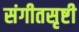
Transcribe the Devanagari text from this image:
संगीतसृष्टी